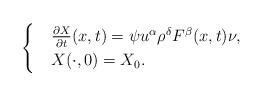
LaTeX: \begin{align*} \begin{cases} &\frac{\partial X}{\partial t}(x,t)=\psi u^\alpha\rho^\delta F^{\beta}(x,t) \nu,\\ &X(\cdot,0)=X_0. \end{cases} \end{align*}